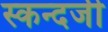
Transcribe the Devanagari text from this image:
स्कन्दजी